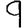
Digit: 9